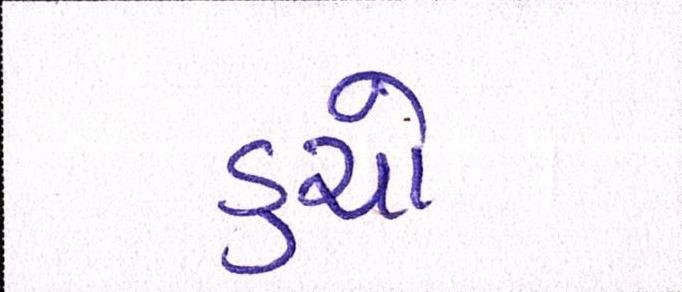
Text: ડુચો